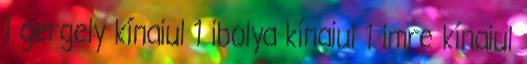
1 gergely kínaiul 1 ibolya kínaiul 1 imre kínaiul